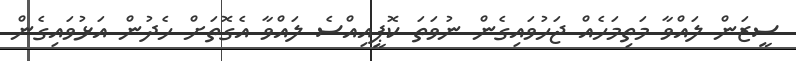
ސީޒަން ލައްވާ މަތިމަހެއް ޖަހުވައިގެން ނުވަތަ ކޮޕީއިއްސެ ލައްވާ އެގޮތަށް ހެދުން އަޅުވައިގެން